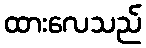
ထားလေသည်